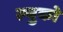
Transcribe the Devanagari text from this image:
ल्युको